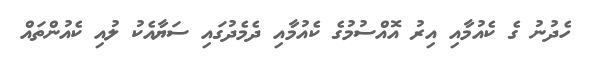
ހެދުނު ގެ ކެއުމާއި އިރު އޮއްސުމުގެ ކެއުމާއި ދެމެދުގައި ސަޔާއެކު ލުއި ކެއުންތައް